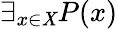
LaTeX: \exists_{x\in\mathit{X}}P(x)